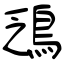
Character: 鴔